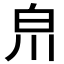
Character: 𤽃